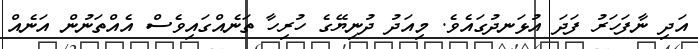
އަދި ނާފަހަރު ފަދަ އުޅަނދުގައެވެ. މިއަދު ދުނިޔޭގެ ހުރިހާ ތަނެއްގައިވެސް އެއްތަނުން އަނެއް